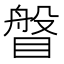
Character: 𥈼